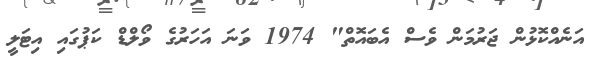
އަނެއްކޮޅުން ޖަރުމަން ވެސް އެބައޮތް" 1974 ވަނަ އަހަރުގެ ވޯލްޑް ކަޕުގައި އިޓަލީ